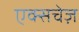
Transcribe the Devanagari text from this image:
एक्सचेज़